Report on lock hospitals in British Burma
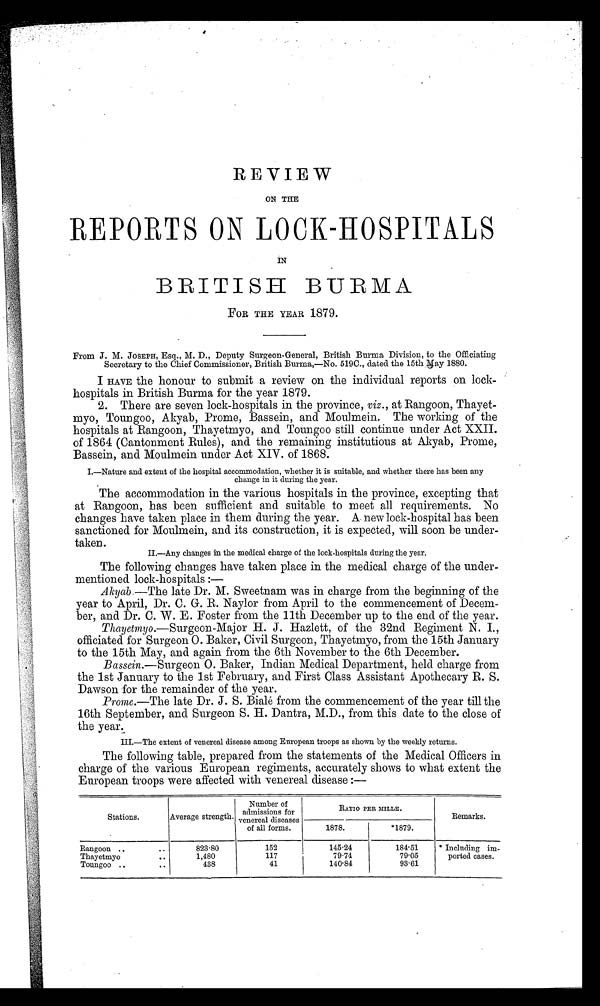
REVIEW
ON THE
REPORTS ON LOCK-HOSPITALS
IN
BRITISH BURMA
FOR THE YEAR 1879.
From J. M. JOSEPH, Esq., M. D., Deputy Surgeon-General, British Burma Division, to the Officiating
Secretary to the Chief Commissioner, British Burma,—No. 519C., dated the 15th may 1880.
I HAVE the honour to submit a review on the individual reports on lock-
hospitals in British Burma for the year 1879.
2. There are seven lock-hospitals in the province, viz., at Rangoon, Thayet
myo, Toungoo, Akyab, Prome, Bassein, and Moulmein. The working of the
hospitals at Rangoon, Thayetmyo, and Toungoo still continue under Act XXII.
of 1864 (Cantonment Rules), and the remaining institutious at Akyab, Prome,
Bassein, and Moulmein under Act XIV. of 1868.
I.—Nature and extent of the hospital accommodation, whether it is suitable, and whether there has been any
change in it during the year.
The accommodation in the various hospitals in the province, excepting that
at Rangoon, has been sufficient and suitable to meet all requirements. No
changes have taken place in them during the year. A new lock-hospital has been
sanctioned for Moulmein, and its construction, it is expected, will soon be under-
taken.
II.—Any changes in the medical charge of the lock-hospitals during the year.
The following changes have taken place in the medical charge of the under-
mentioned lock-hospitals :—
Akyab —The late Dr. M. Sweetnam was in charge from the beginning of the
year to April, Dr. C. G. R. Naylor from April to the commencement of Decem-
ber, and Dr. C. W. E. Foster from the 11th December up to the end of the year.
Thayetmyo.—Surgeon-Major H. J. Hazlett, of the 32nd Regiment N. I.,
officiated for Surgeon 0. Baker, Civil Surgeon, Thayetmyo, from the 15th January
to the 15th May, and again from the 6th November to the 6th December.
Bassein.—Surgeon 0. Baker, Indian Medical Department, held charge from
the 1st January to the 1st February, and First Class Assistant Apothecary R. S.
Dawson for the remainder of the year.
Prome.—The late Dr. J. S. Biale from the commencement of the year till the
16th September, and Surgeon S. H. Dantra, M.D., from this date to the close of
the year.
III.—The extent of venereal disease among European troops as shown by the weekly returns.
The following table, prepared from the statements of the Medical Officers in
charge of the various European regiments, accurately shows to what extent the
European troops were affected with venereal disease :—
Stations.
Average strength.
Number of
admissions for
venereal diseases
of all forms.
RATIO PER MILLE.
Remarks.
1878.
*1879.
Rangoon .. ..
823.80
152
145.24
184.51
* Including im-
Thayetmyo
....
1,480
117
79.74
79.05
ported cases.
T Toungoo oun
..
438
41
140.84
93.61